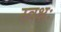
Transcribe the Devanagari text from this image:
स्वक्षः